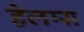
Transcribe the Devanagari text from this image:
हेलम्स